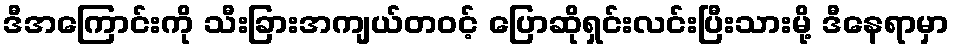
ဒီအကြောင်းကို သီးခြားအကျယ်တဝင့် ပြောဆိုရှင်းလင်းပြီးသားမို့ ဒီနေရာမှာ